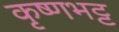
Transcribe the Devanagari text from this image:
कृष्णभट्ट